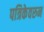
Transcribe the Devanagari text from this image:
पत्रिकेवरुन